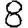
Digit: 8